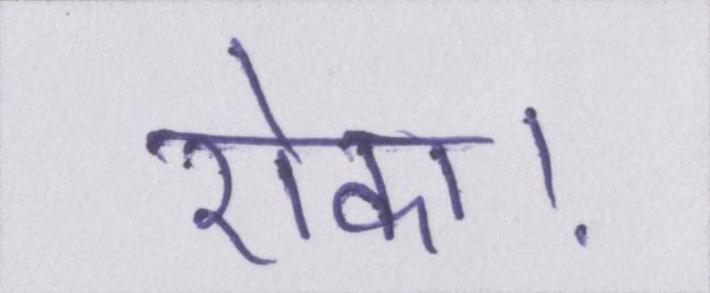
रोका।